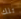
تلك